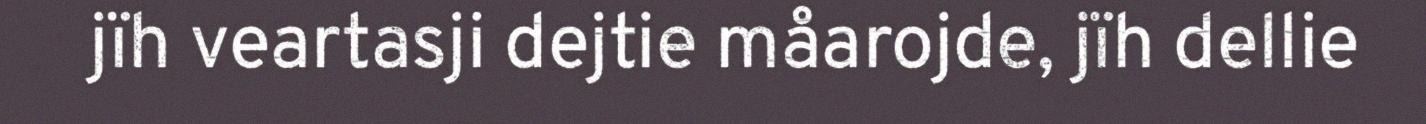
jïh veartasji dejtie måarojde, jïh dellie